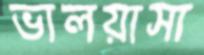
ভালয়াসা